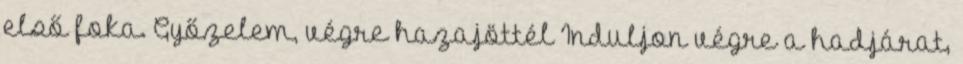
első foka. Győzelem, végre hazajöttél Induljon végre a hadjárat,